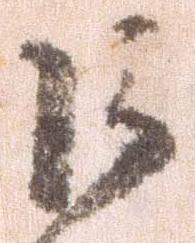
巨